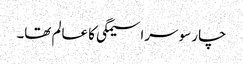
چار سو سراسیمگی کا عالم تھا۔